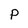
Character: P